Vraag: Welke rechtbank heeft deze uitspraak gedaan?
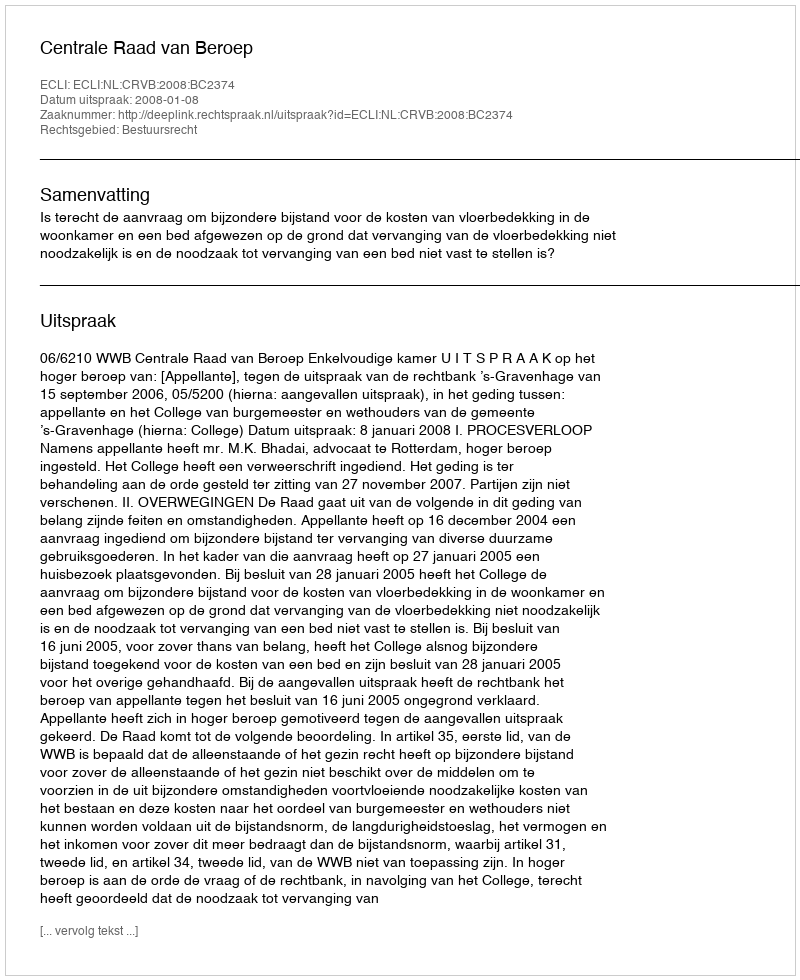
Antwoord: Centrale Raad van Beroep